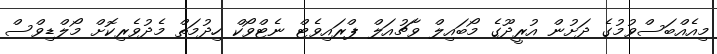
މިއެއްބަސްވުމުގެ ދަށުން އުރީދޫގެ މޯބައިލް ވާޗުއަލް ޕްރައިވެޓް ނެޓްވޯކް ހިދުމަތް މެދުވެރިކޮށް މޯލްޑިވްސް